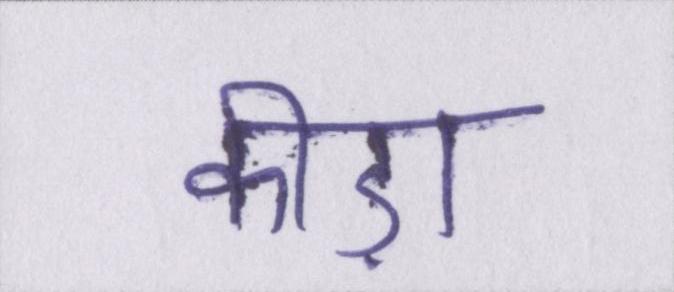
कीड़ा